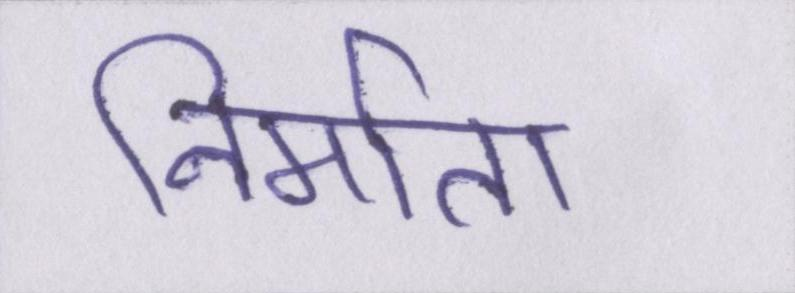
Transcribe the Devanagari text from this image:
निर्माता